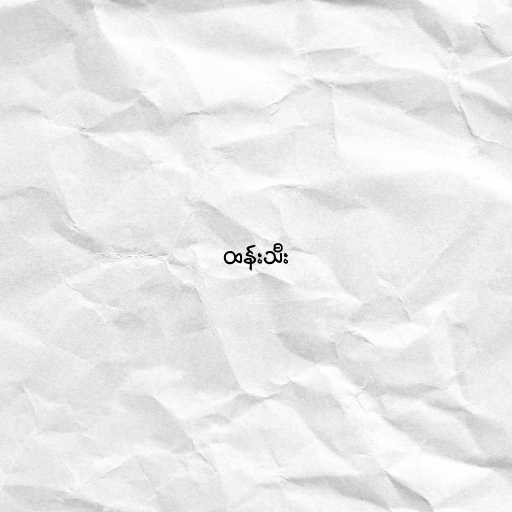
ထန်းသီး